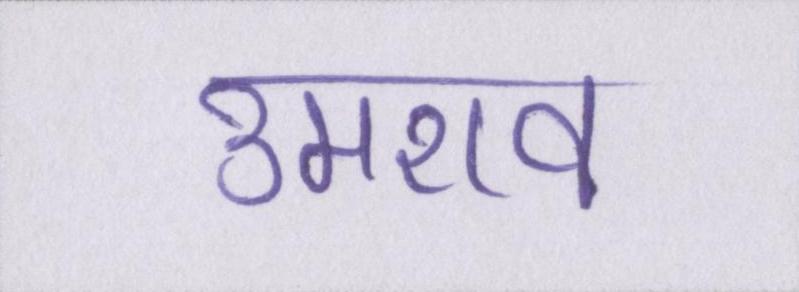
उमराव